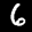
Label: 6